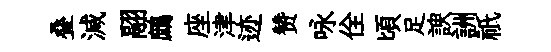
叠減翮鷓座津迹赞咏佺頃足諛詶祇